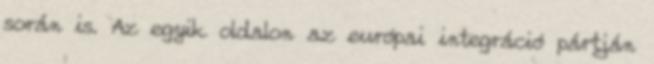
során is. Az egyik oldalon az európai integráció pártján